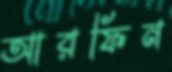
আরফিন